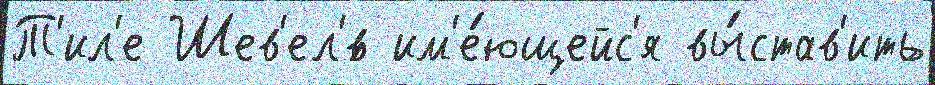
Т'ил'е Шев'ел'́в им'е́ющейс'я вы́став'ить